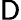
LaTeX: {\cal\mathsf{D}}